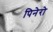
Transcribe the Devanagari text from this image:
पिनेरो